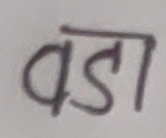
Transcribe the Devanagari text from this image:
वडा